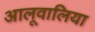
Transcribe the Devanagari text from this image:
आलूवालिया